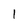
Character: 1